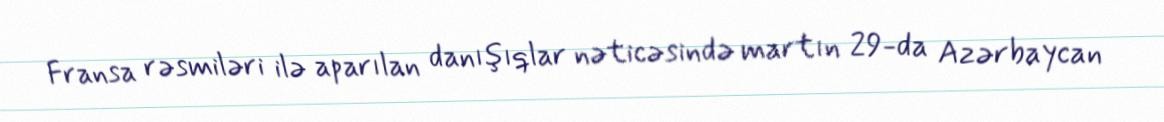
Fransa rəsmiləri ilə aparılan danışıqlar nəticəsində martın 29-da Azərbaycan